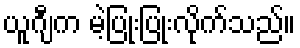
ယူဂျီက မဲ့ပြုံးပြုံးလိုက်သည်။